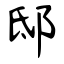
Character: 邸